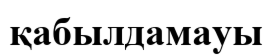
қабылдамауы